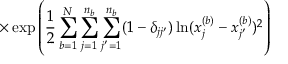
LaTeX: \times \exp \left( \frac { 1 } { 2 } \sum _ { b = 1 } ^ { N } \sum _ { j = 1 } ^ { n _ { b } } \sum _ { j ^ { \prime } = 1 } ^ { n _ { b } } ( 1 - \delta _ { j j ^ { \prime } } ) \ln ( x _ { j } ^ { ( b ) } - x _ { j ^ { \prime } } ^ { ( b ) } ) ^ { 2 } \right)